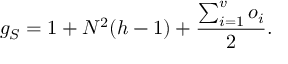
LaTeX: g _ { S } = 1 + N ^ { 2 } ( h - 1 ) + \frac { \sum _ { i = 1 } ^ { v } o _ { i } } { 2 } .